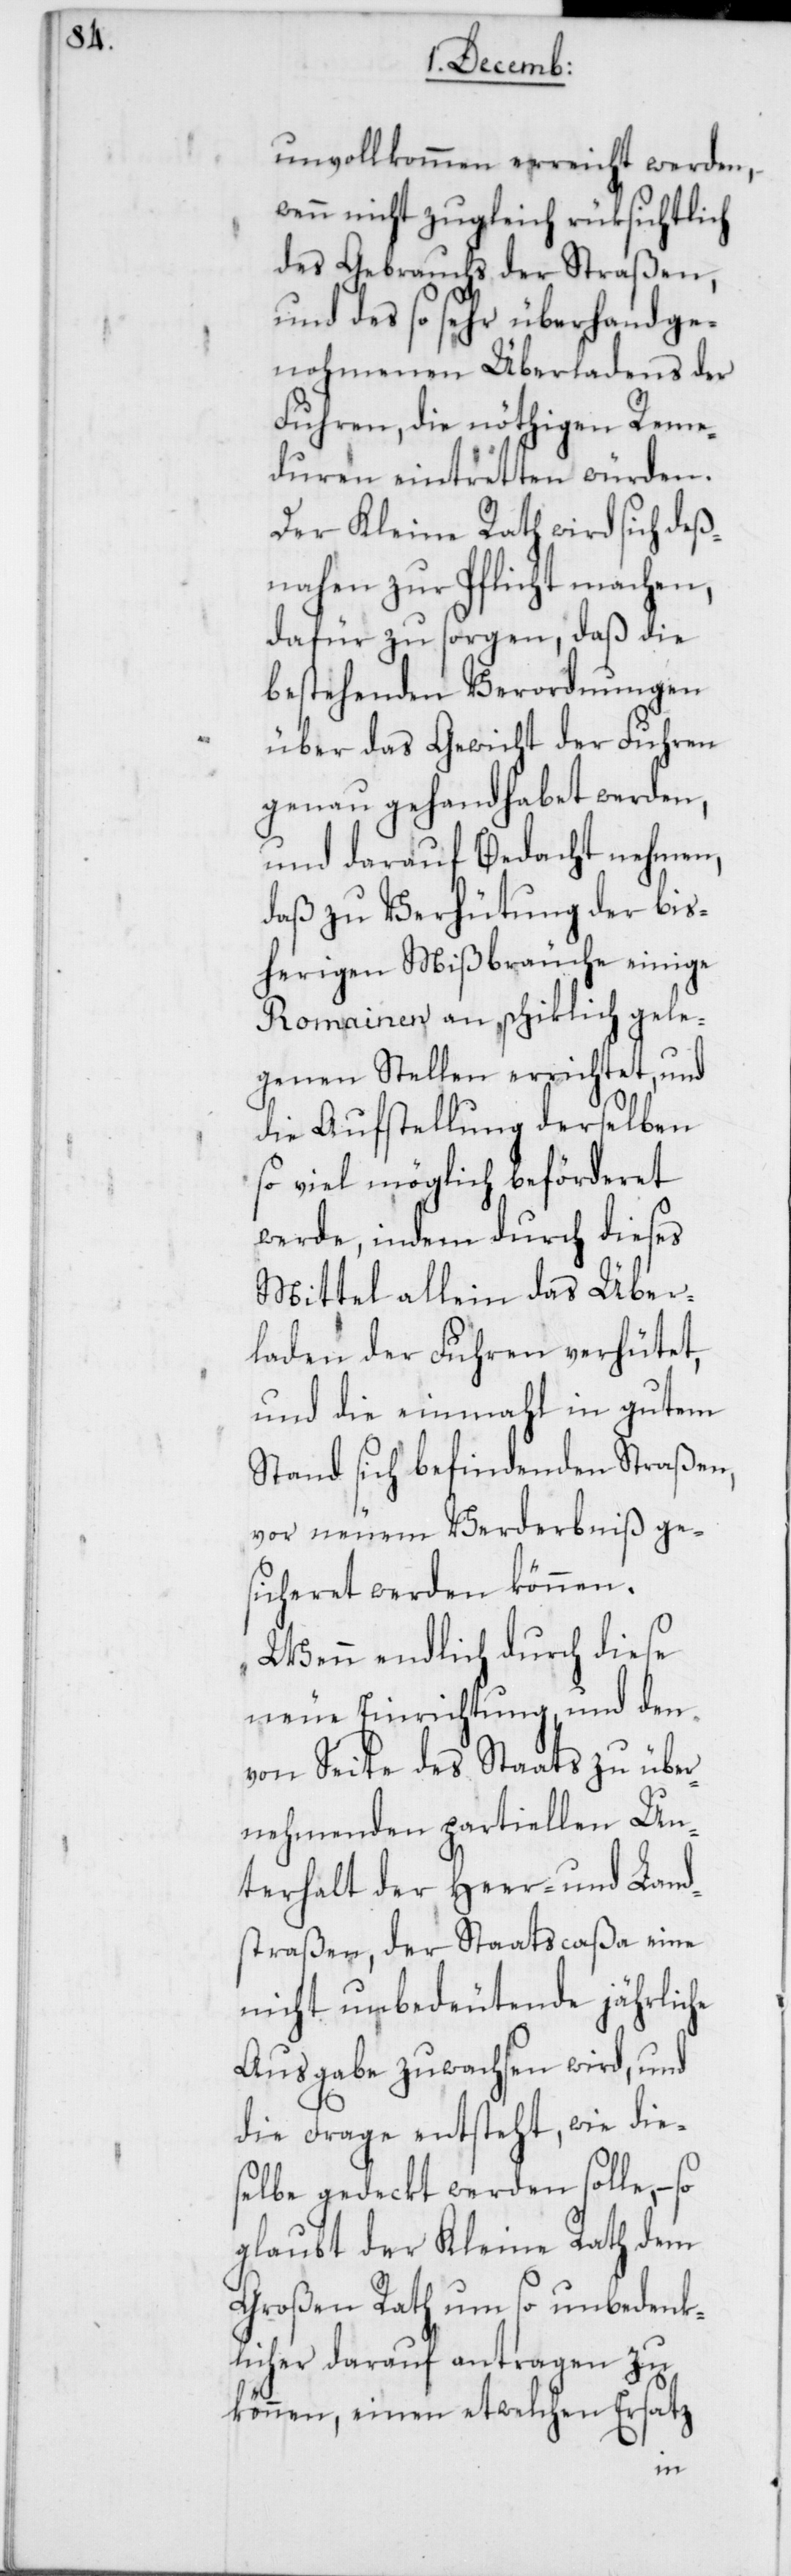
unvollkommen erreicht werden,
wenn nicht zugleich rüksichtlich
des Gebrauchs der Straßen,
und des so sehr überhand ge¬
nohmenen Überladens der
Fuhren, die nöthigen Reme¬
duren eintretten würden.
Der Kleine Rath wird sich deß¬
nahen zur Pflicht machen,
dafür zu sorgen, daß die
bestehenden Verordnungen
über das Gewicht der Fuhren
genau gehandhabet werden,
und darauf Bedacht nehmen,
daß zu Verhütung der bis¬
herigen Mißbräuche einige
Romainen an schicklich gele¬
genen Stellen errichtet, und
die Aufstellung derselben
so viel möglich beförderet
werde, indem durch dieses
Mittel allein das Über¬
laden der Fuhren verhütet,
und die einmahl in gutem
Stand sich befindenden Straßen,
vor neuem Verderbniß ge¬
sicheret werden können.
Wenn endlich durch diese
neue Einrichtung, und den
von Seite des Staats zu über¬
nehmenden partiellen Un¬
terhalt der Heer- und Land¬
straßen, der Staatscaßa eine
nicht unbedeutende jährliche
Ausgabe zuwachsen wird, und
die Frage entsteht, wie dies¬
elbe gedeckt werden solle, –
glaubt der Kleine Rath dem
Großen Rath um so unbedenk¬
licher darauf antragen zu
können, einen etwelchen Ersatz